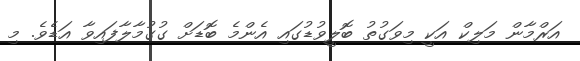
އަރްމާން މަލިކް އަކީ މިވަގުތު ބޮލީވުޑުގައި އެންމެ ބޮޑަށް ގުގުމާލާފައިވާ އަޑެވެ. މި